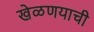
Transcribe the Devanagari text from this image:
खेळणयाची